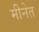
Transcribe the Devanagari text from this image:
मीनेत